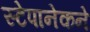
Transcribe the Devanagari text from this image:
स्टेपानेकने